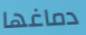
دماغها